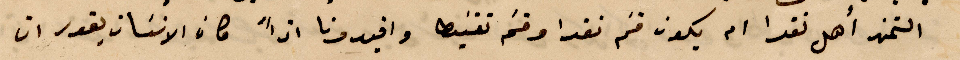
التمن اهل نقدا ام يكون قسم نقدا وقسم تقسيطا وافيدونا اذًا كان الانسان يقدر ان